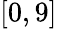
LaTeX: [0,9]